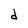
Character: d